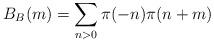
LaTeX: \begin{align*}B_B(m) = \sum_{n > 0} \pi(-n)\pi(n+m)\end{align*}